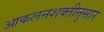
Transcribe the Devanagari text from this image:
आकलनशक्तीनुसार